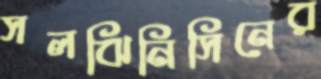
সলঝিনিসিনের